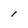
Character: I